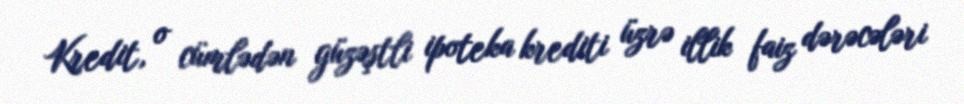
Kredit, o cümlədən güzəştli ipoteka krediti üzrə illik faiz dərəcələri